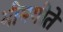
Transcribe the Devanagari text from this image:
भीमगीते